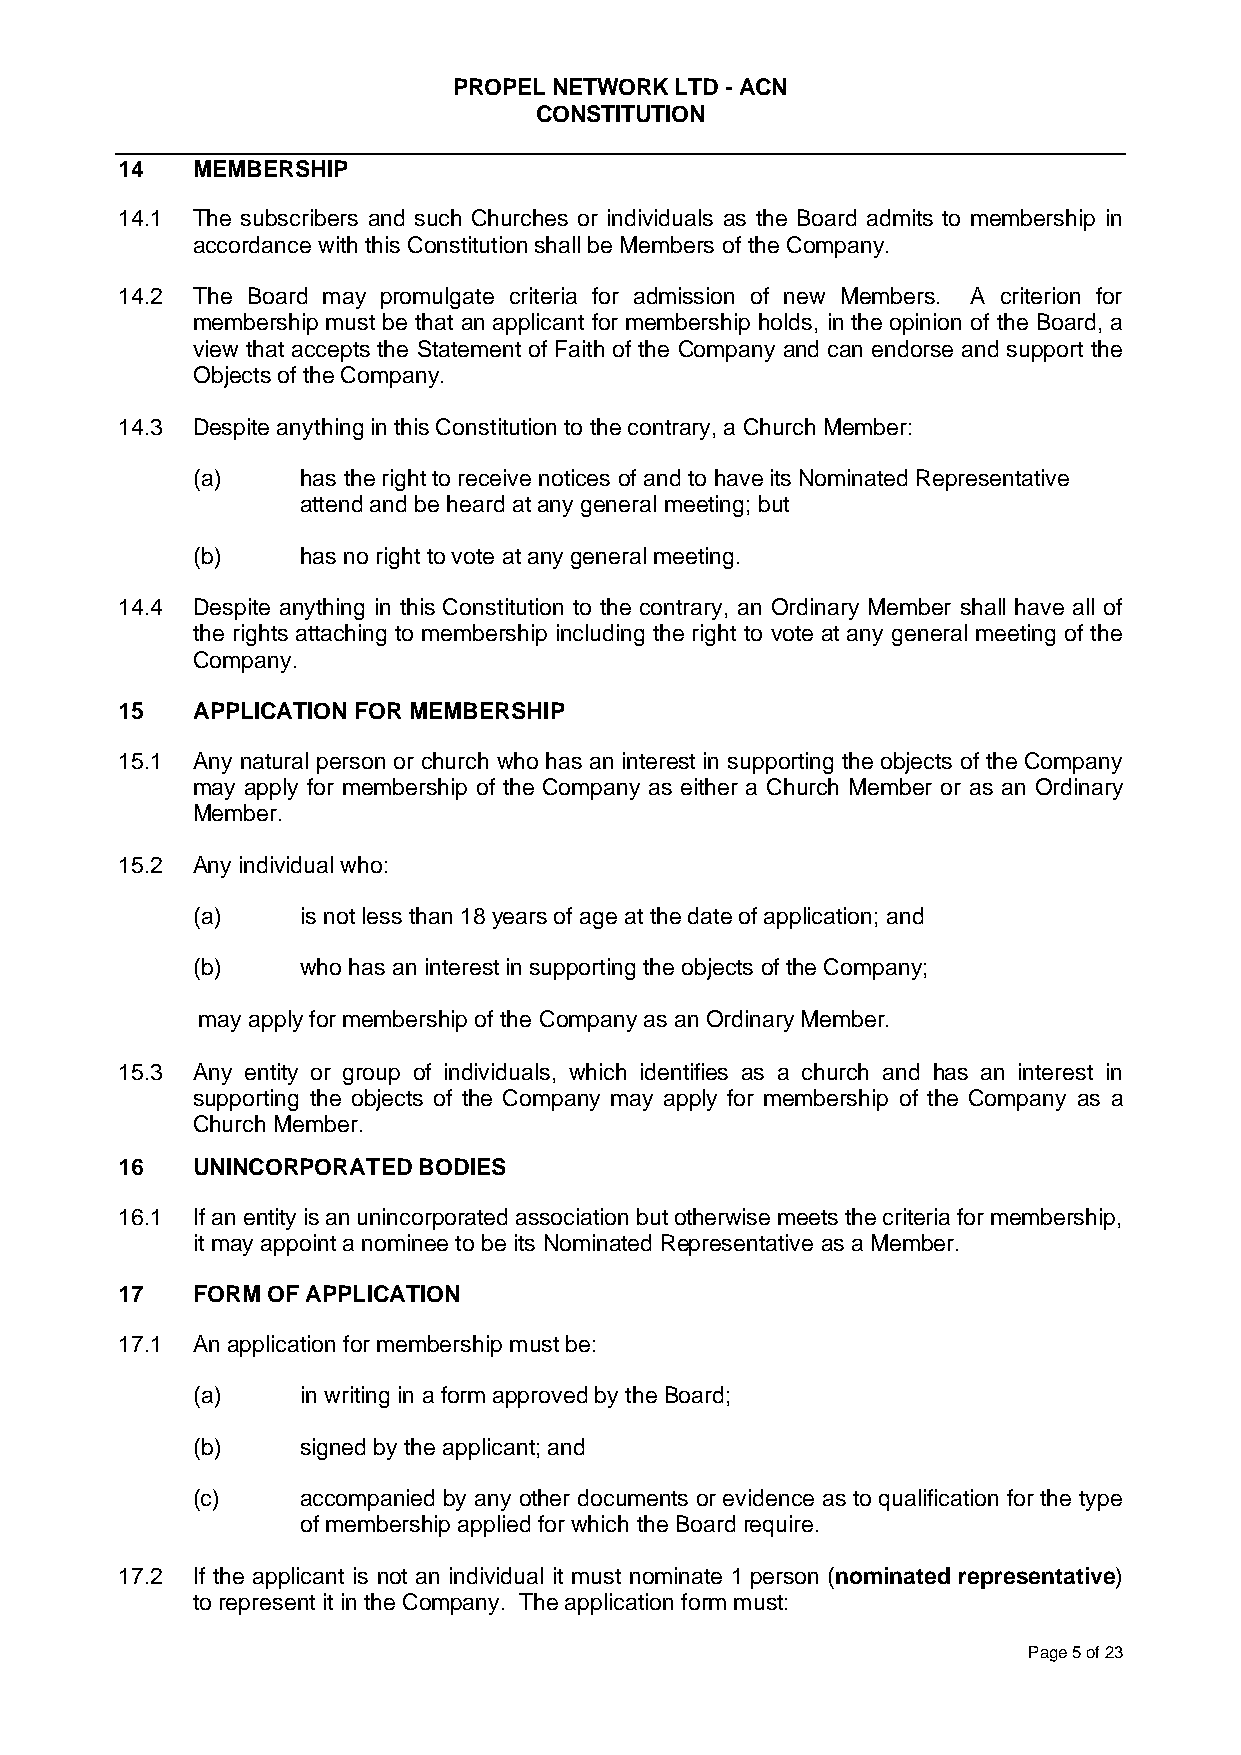
PROPEL NETWORK LTD - ACN
 CONSTITUTION
 14   MEMBERSHIP
 14.1 The subscribers and such Churches or individuals as the Board admits to membership in
 accordance with this Constitution shall be Members of the Company.
 14.2 The Board may promulgate criteria for admission of new Members. A criterion for
 membership must be that an applicant for membership holds, in the opinion of the Board, a
 view that accepts the Statement of Faith of the Company and can endorse and support the
 Objects of the Company.
 14.3 Despite anything in this Constitution to the contrary, a Church Member:
 (a)    has the right to receive notices of and to have its Nominated Representative
 attend and be heard at any general meeting; but
 (b)    has no right to vote at any general meeting.
 14.4 Despite anything in this Constitution to the contrary, an Ordinary Member shall have all of
 the rights attaching to membership including the right to vote at any general meeting of the
 Company.
 15   APPLICATION FOR MEMBERSHIP
 15.1 Any natural person or church who has an interest in supporting the objects of the Company
 may apply for membership of the Company as either a Church Member or as an Ordinary
 Member.
 15.2 Any individual who:
 (a)    is not less than 18 years of age at the date of application; and
 (b)    who has an interest in supporting the objects of the Company;
 may apply for membership of the Company as an Ordinary Member.
 15.3 Any entity or group of individuals, which identifies as a church and has an interest in
 supporting the objects of the Company may apply for membership of the Company as a
 Church Member.
 16   UNINCORPORATED BODIES
 16.1 If an entity is an unincorporated association but otherwise meets the criteria for membership,
 it may appoint a nominee to be its Nominated Representative as a Member.
 17   FORM OF APPLICATION
 17.1 An application for membership must be:
 (a)    in writing in a form approved by the Board;
 (b)    signed by the applicant; and
 (c)    accompanied by any other documents or evidence as to qualification for the type
 of membership applied for which the Board require.
 17.2 If the applicant is not an individual it must nominate 1 person (nominated representative)
 to represent it in the Company. The application form must:
 Page 5 of 23